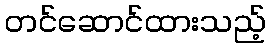
တင်ဆောင်ထားသည့်